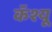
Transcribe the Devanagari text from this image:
कॅश्यू